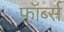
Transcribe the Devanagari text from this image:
फॉर्ब्स